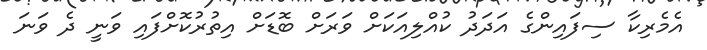
އެމެރިކާ ސިފައިންގެ އަދަދު ކުއްލިއަކަށް ވަރަށް ބޮޑަށް އިތުރުކޮށްފައި ވަނީ ދެ ވަނަ